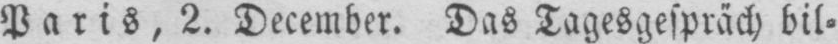
Paris, 2. December. Das Tagesgespräch bil⸗